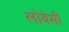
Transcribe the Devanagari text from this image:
लोवेसी